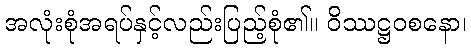
အလုံးစုံအရပ်နှင့်လည်းပြည့်စုံ၏။ ဝိဿဋ္ဌဝစနော၊